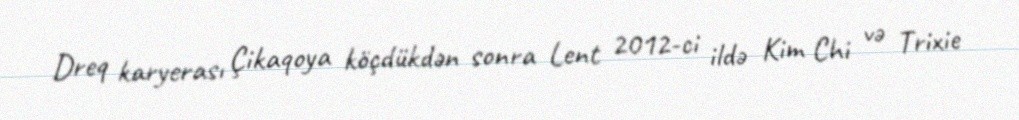
Dreq karyerası Çikaqoya köçdükdən sonra Lent 2012-ci ildə Kim Chi və Trixie